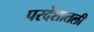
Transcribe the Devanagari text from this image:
परदेशातली